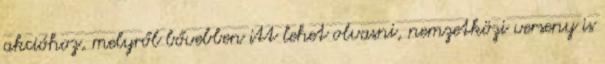
akcióhoz, melyről bővebben itt lehet olvasni, nemzetközi verseny is